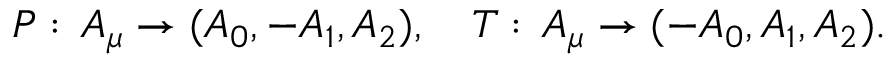
P : \, A _ { \mu } \rightarrow ( A _ { 0 } , - A _ { 1 } , A _ { 2 } ) , \quad T : \, A _ { \mu } \rightarrow ( - A _ { 0 } , A _ { 1 } , A _ { 2 } ) .